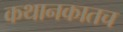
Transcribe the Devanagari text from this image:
कथानकातच